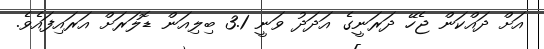
އަށް ދައްކަން ޖެހޭ ދަރަނީގެ އަދަދު ވަނީ 3.1 ބިލިއަން ޑޮލަރަށް އަރައިފައެވެ.